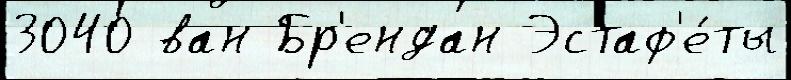
3040 ван Бр'ендан Эстаф'е́ты